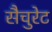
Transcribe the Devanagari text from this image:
सैचुरेट